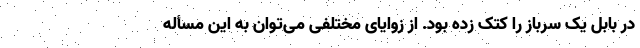
در بابل یک سرباز را کتک زده بود. از زوایای مختلفی می‌توان به این مسأله